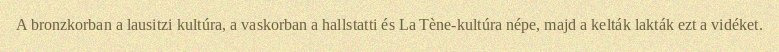
A bronzkorban a lausitzi kultúra, a vaskorban a hallstatti és La Tène-kultúra népe, majd a kelták lakták ezt a vidéket.